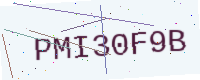
Text: PMI30F9B